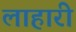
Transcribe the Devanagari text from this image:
लाहारी